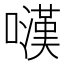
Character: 𡁚